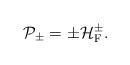
LaTeX: \begin{align*}{\cal P}_{\pm} = \pm {\cal H}_{\rm F}^{\pm}.\end{align*}